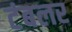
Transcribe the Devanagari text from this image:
टंबलर